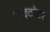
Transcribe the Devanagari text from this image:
आइटरेटर